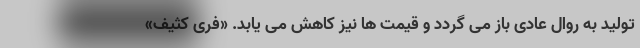
تولید به روال عادی باز می گردد و قیمت ها نیز کاهش می یابد. «فری کثیف»